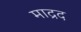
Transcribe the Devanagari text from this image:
माद्रद